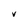
Character: V